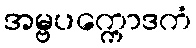
အမ္ဗပက္ကောဒကံ